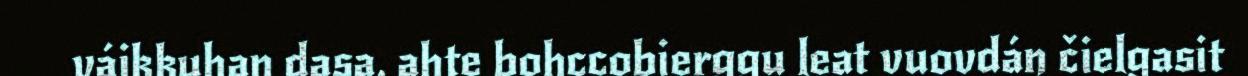
váikkuhan dasa, ahte bohccobierggu leat vuovdán čielgasit